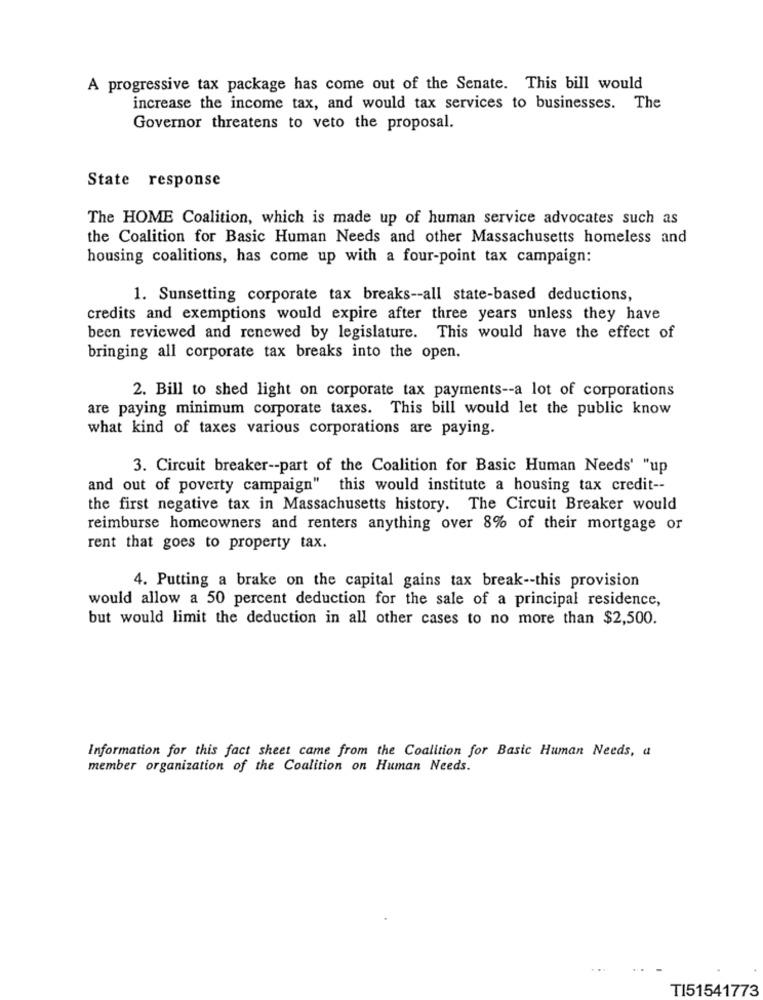
A progressive tax package has come out of the Senate. This bill would
increase the income tax, and would tax services to businesses. The
Governor threatens to veto the proposal.
State response
The HOME Coalition, which is made up of human service advocates such as
the Coalition for Basic Human Needs and other Massachusetts homeless and
housing coalitions, has come up with a four-point tax campaign:
1. Sunsetting corporate tax breaks -- all state-based deductions,
credits and exemptions would expire after three years unless they have
been reviewed and renewed by legislature. This would have the effect of
bringing all corporate tax breaks into the open.
2. Bill to shed light on corporate tax payments -- a lot of corporations
are paying minimum corporate taxes. This bill would let the public know
what kind of taxes various corporations are paying.
3. Circuit breaker -- part of the Coalition for Basic Human Needs' "up
and out of poverty campaign" this would institute a housing tax credit --
the first negative tax in Massachusetts history. The Circuit Breaker would
reimburse homeowners and renters anything over 8% of their mortgage or
rent that goes to property tax.
4. Putting a brake on the capital gains tax break -- this provision
would allow a 50 percent deduction for the sale of a principal residence,
but would limit the deduction in all other cases to no more than $2,500.
Information for this fact sheet came from the Coalition for Basic Human Needs, a
member organization of the Coalition on Human Needs.
...
TI51541773